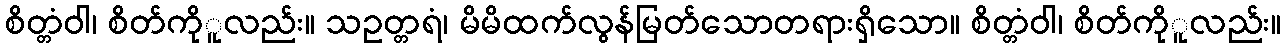
စိတ္တံဝါ၊ စိတ်ကိုူလည်း။ သဥတ္တရံ၊ မိမိထက်လွန်မြတ်သောတရားရှိသော။ စိတ္တံဝါ၊ စိတ်ကိုူလည်း။